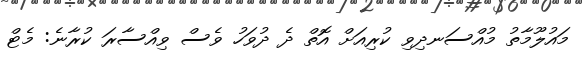
މައުލޫމާތު މުއްސަނދިވި ކުރިއަށް އޮތް ދެ ދުވަހު ވެސް ވިއްސާރަ ކުރާނެ: މެޓް